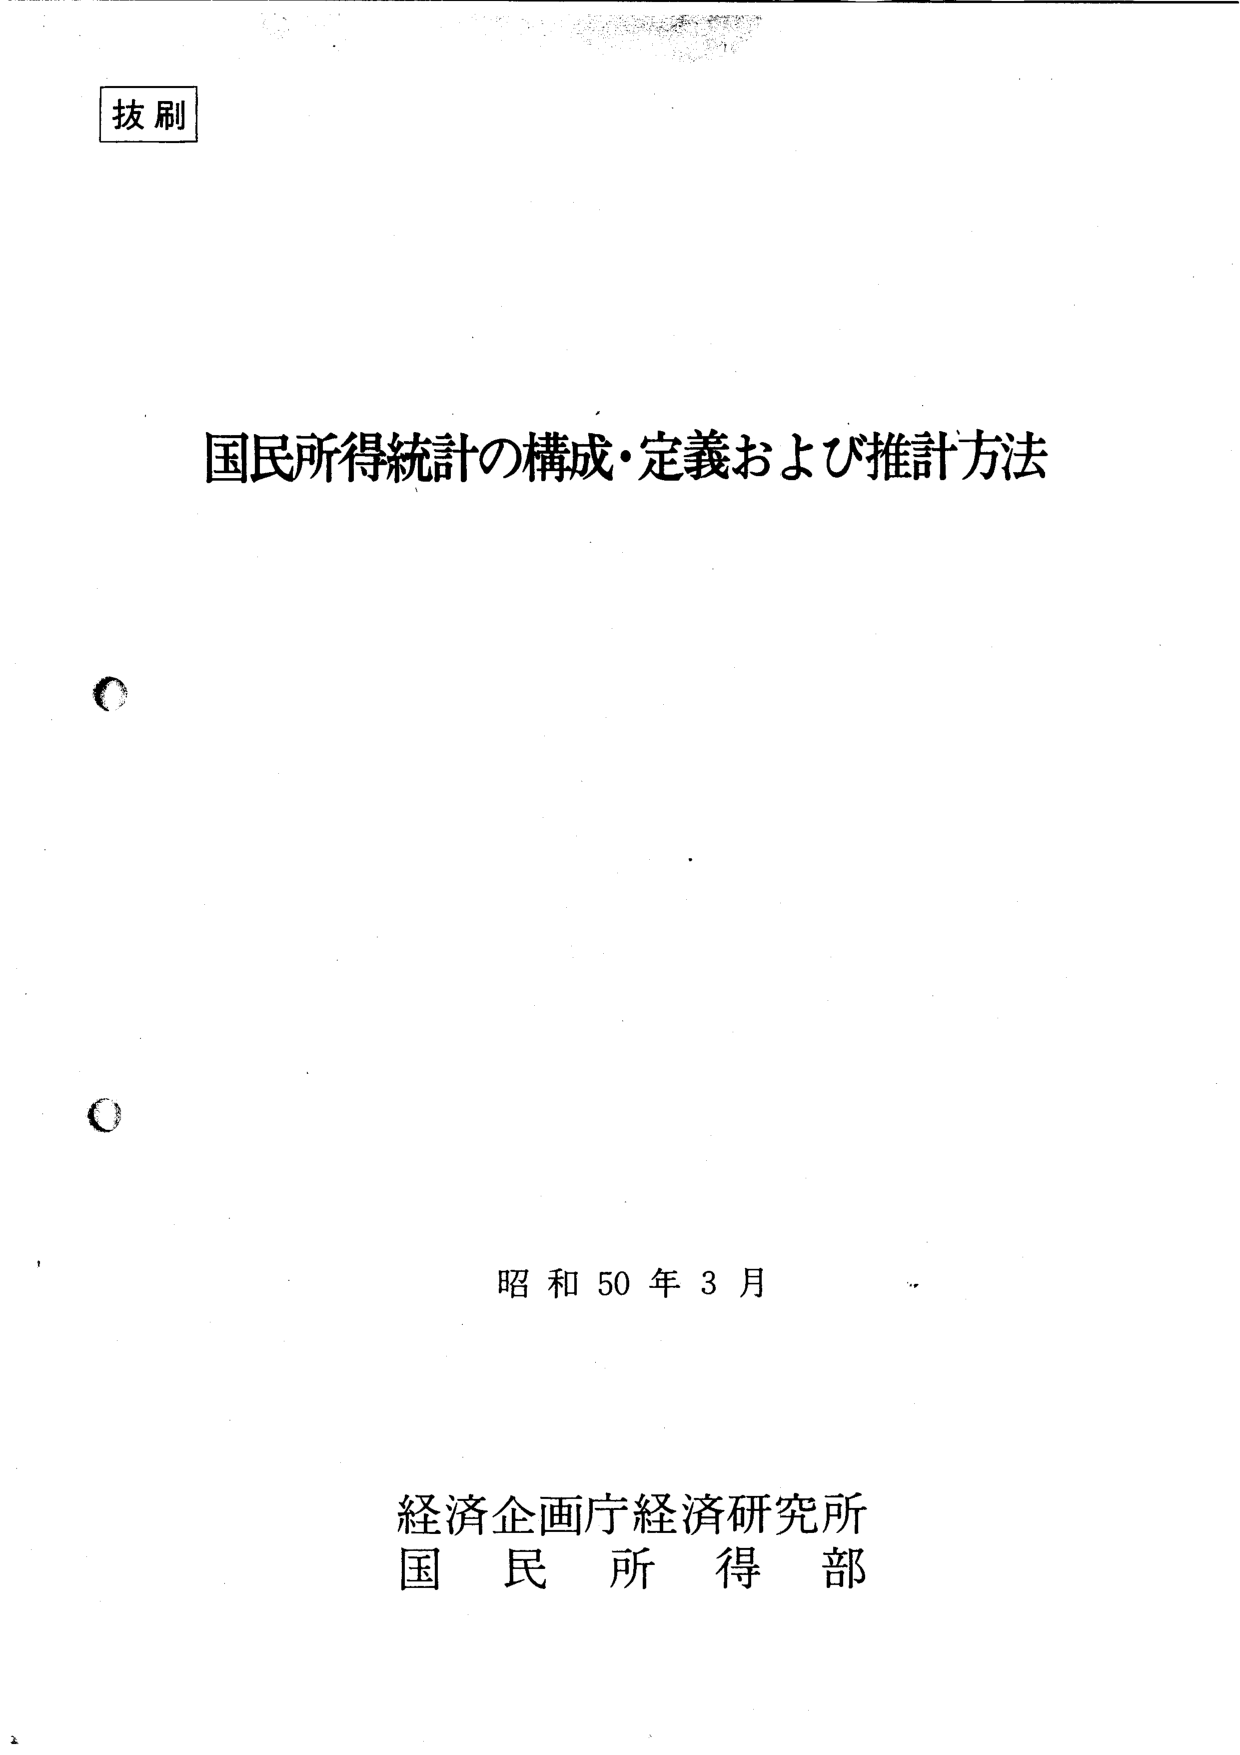
抜刷

国民所得統計の構成・定義および推計方法

昭和50年3月

経済企画庁経済研究所
国民所得部